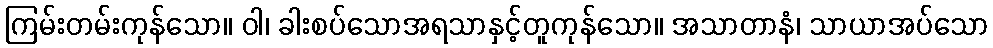
ကြမ်းတမ်းကုန်သော။ ဝါ၊ ခါးစပ်သောအရသာနှင့်တူကုန်သော။ အသာတာနံ၊ သာယာအပ်သော